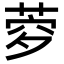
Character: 𦲎